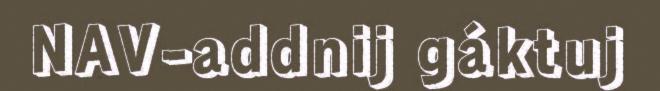
NAV-addnij gáktuj